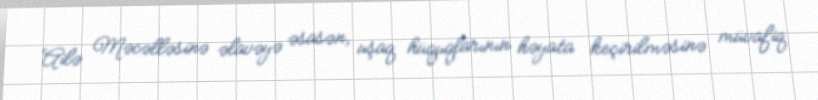
Ailə Məcəlləsinə əlavəyə əsasən, uşaq hüquqlarının həyata keçirilməsinə müvafiq